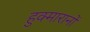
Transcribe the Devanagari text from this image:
हुक्मारानों